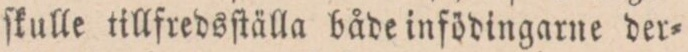
ſkulle tillfredsſtälla både infödingarne der=